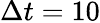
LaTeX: \Delta t=10